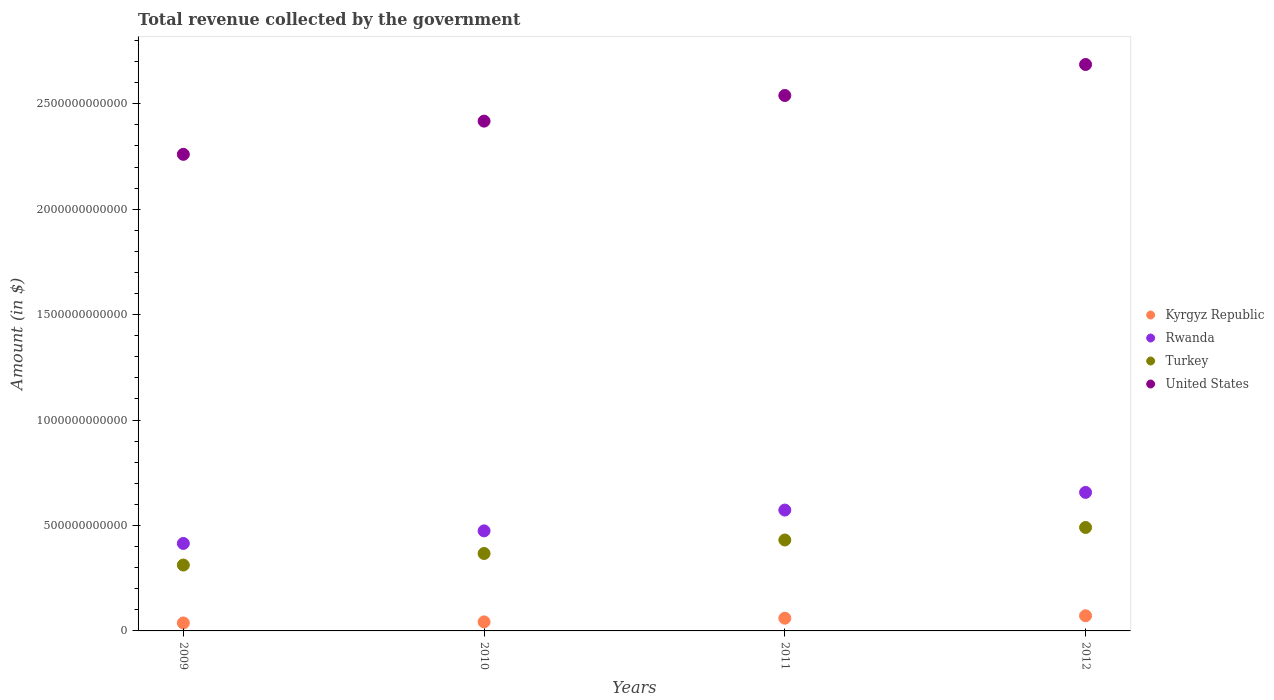
| Years | Kyrgyz Republic | Rwanda | Turkey | United States |
 | --- | --- | --- | --- | --- |
 | 2009 | 3.78e+10 | 4.15e+11 | 3.12e+11 | 2.26e+12 |
 | 2010 | 4.28e+10 | 4.75e+11 | 3.67e+11 | 2.42e+12 |
 | 2011 | 6.03e+10 | 5.73e+11 | 4.31e+11 | 2.54e+12 |
 | 2012 | 7.19e+10 | 6.57e+11 | 4.91e+11 | 2.69e+12 |